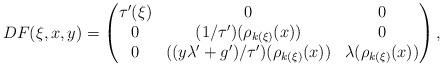
LaTeX: \begin{align*}D F ( \xi , x , y )=\left(\begin{matrix}\tau ' (\xi)&0&0 \\0&(1 / \tau ') ( \rho _{k(\xi)} (x) )&0 \\0&((y \lambda ' + g') / \tau ') ( \rho _{k(\xi)} (x) )&\lambda ( \rho _{k (\xi)} (x) )\end{matrix} \right) ,\end{align*}